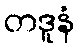
တဒူနံ